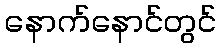
နောက်နောင်တွင်